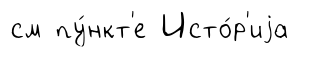
см пу́нкт'е Исто́р'иjа